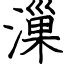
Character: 漅